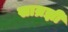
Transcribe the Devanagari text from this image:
साम्रज्ञी